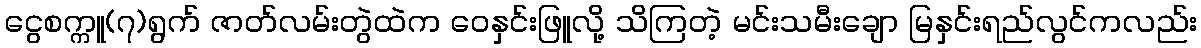
ငွေစက္ကူ(၇)ရွက် ဇာတ်လမ်းတွဲထဲက ဝေနှင်းဖြူလို့ သိကြတဲ့ မင်းသမီးချော မြနှင်းရည်လွင်ကလည်း